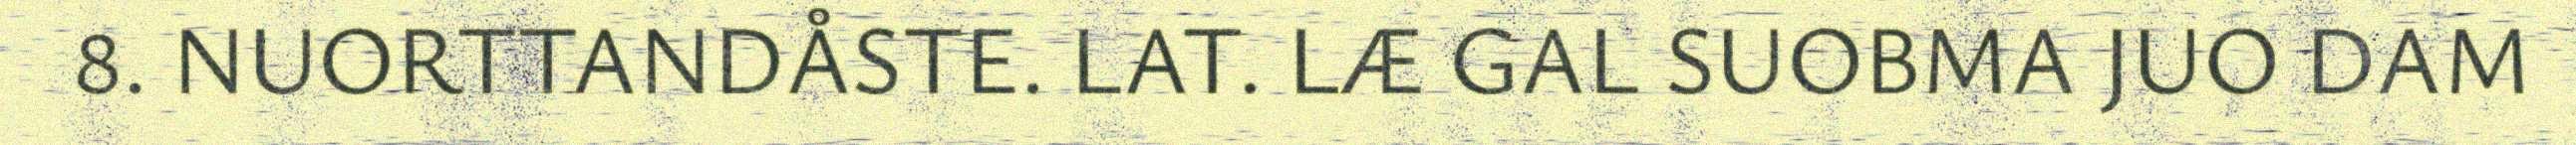
8. NUORTTANDÅSTE. LAT. LÆ GAL SUOBMA JUO DAM